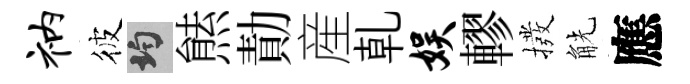
衲彼均㷱勣産乹娱轇撥觥應